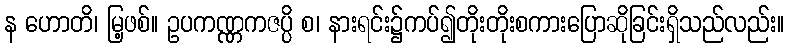
န ဟောတိ၊ မြ့ဖစ်။ ဥပကဏ္ဏကဇပ္ပိ စ၊ နားရင်း၌ကပ်၍တိုးတိုးစကားပြောဆိုခြင်းရှိသည်လည်း။